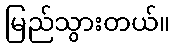
မြည်သွားတယ်။